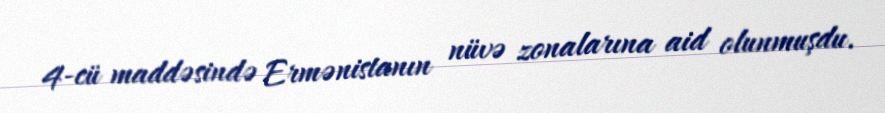
4-cü maddəsində Ermənistanın nüvə zonalarına aid olunmuşdu.